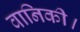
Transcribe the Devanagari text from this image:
वानिकी।